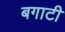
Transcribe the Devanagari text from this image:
बगाटी